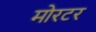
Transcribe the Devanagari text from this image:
मोरटर